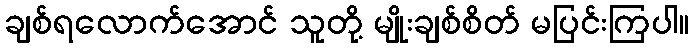
ချစ်ရလောက်အောင် သူတို့ မျိုးချစ်စိတ် မပြင်းကြပါ။